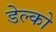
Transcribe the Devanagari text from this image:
डेल्को